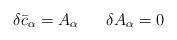
LaTeX: \begin{align*}\delta {\bar c}_\alpha = A_\alpha \;\;\;\;\;\;\delta A_\alpha = 0\end{align*}